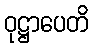
ဝုဋ္ဌာပေတိ